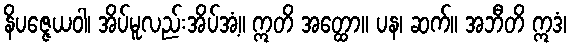
နိပဇ္ဇေယဝါ၊ အိပ်မူလည်းအိပ်အံ့။ ဣတိ အတ္ထော။ ပန၊ ဆက်။ အဘီတိ ဣဒံ၊